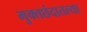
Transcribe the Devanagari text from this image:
मुक्तछंदातल्या